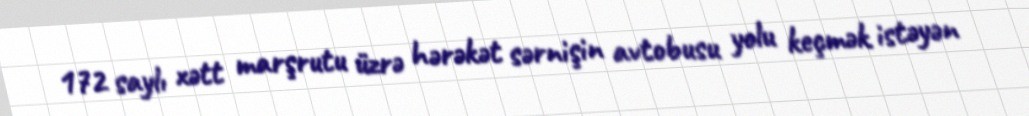
172 saylı xətt marşrutu üzrə hərəkət sərnişin avtobusu yolu keçmək istəyən